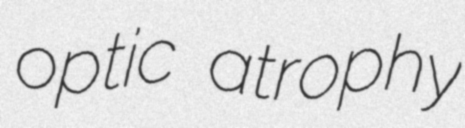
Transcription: optic atrophy